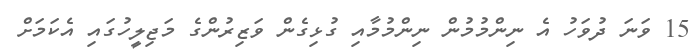
15 ވަނަ ދުވަހު އެ ނިންމުމުން ނިންމުމާއި ގުޅިގެން ވަޒިރުންގެ މަޖިލީހުގައި އެކަމަށް